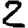
Digit: 2